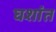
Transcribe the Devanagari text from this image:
घशांत